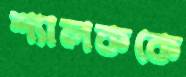
শ্যালককে